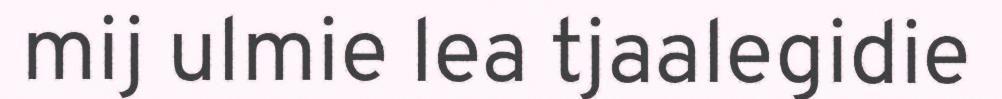
mij ulmie lea tjaalegidie